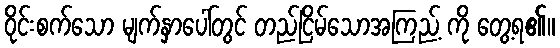
ဝိုင်းစက်သော မျက်နှာပေါ်တွင် တည်ငြိမ်သောအကြည့် ကို တွေ့ရ၏။